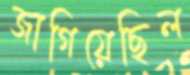
জাগিয়েছিল